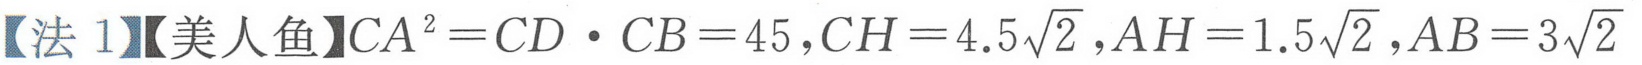
【法 1】【美人鱼】$CA^{2}=CD\cdot CB = 45,CH = 4.5\sqrt{2},AH = 1.5\sqrt{2},AB = 3\sqrt{2}$